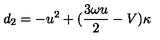
d _ { 2 } = - u ^ { 2 } + ( \frac { 3 \omega u } { 2 } - V ) \kappa